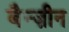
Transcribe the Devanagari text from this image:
बैन्ज़ीन